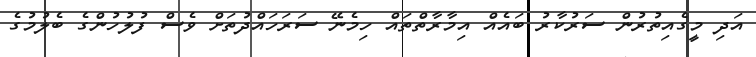
އަދި މީގެއިތުރުން ސަރުކާރު ބައެއް އިމާރާތްތައް ހިމެނޭ ސަރަހައްދުތަށް ވެސް ފުލުހުންގެ ބެލުމުގެ